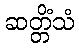
ဆတ္တိံသံ